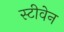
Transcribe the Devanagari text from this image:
स्‍टीवेन